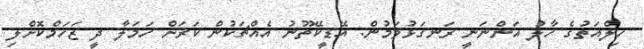
ހިލްއަތުގެ ހާލު އަންނަނީ ރަނގަޅުވަމުން: އޭޑީކޭތޫނު އެއްޗަކުން ކަރަށް ހަމަލާ ދީ ޒަހަމްކޮށްލި